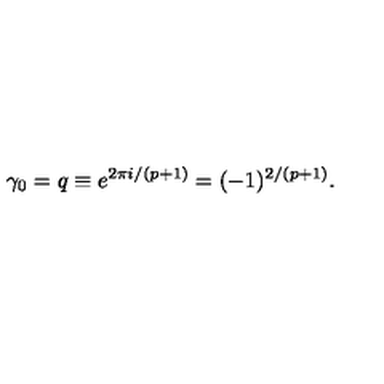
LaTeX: \gamma _ { 0 } = q \equiv e ^ { 2 \pi i / ( p + 1 ) } = ( - 1 ) ^ { 2 / ( p + 1 ) } .